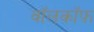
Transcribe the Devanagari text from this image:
वॉलकॉफ़